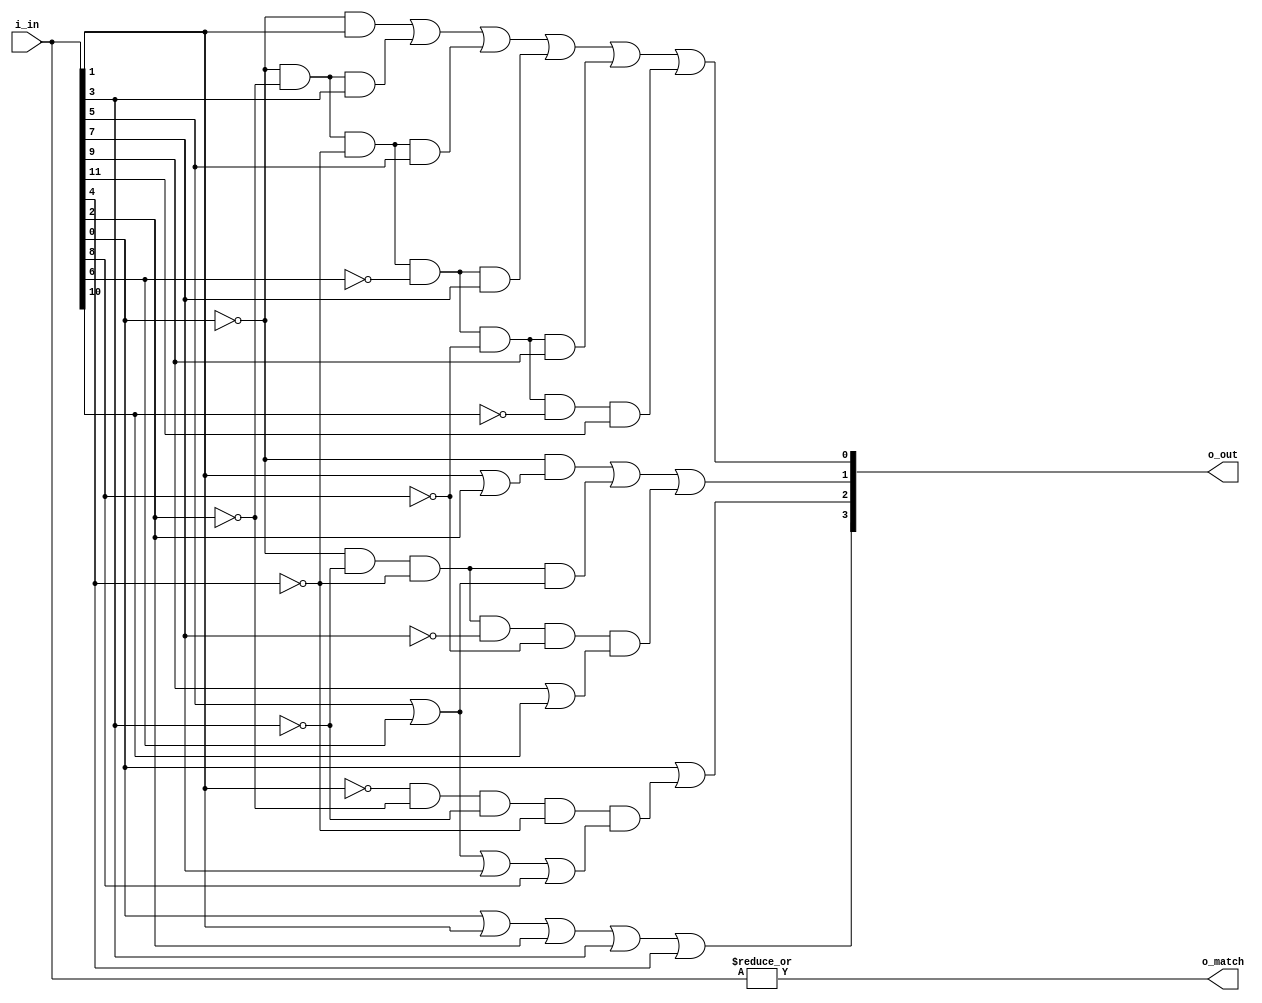
module dodecode2(i_in, o_out, o_match);

input wire [11:0] i_in;
output wire [3:0] o_out;	// binary encoding (1-12)
output wire o_match;

wire i1,i2,i3,i4,i5,i6,i7,i8,i9,i10,i11,i12;
assign {i1,i2,i3,i4,i5,i6,i7,i8,i9,i10,i11,i12} = i_in;

assign o_out[3] = i12 | i11 | i10 | i9 | i8;
assign o_out[2] = i12 | (~i11 & ~i10 & ~i9 & ~i8) & (i7 | i6 | i5 | i4);
assign o_out[1] = ~i12 & (i11 | i10) | (~i12 & ~i9 & ~i8 & (i7 | i6)) |
	(~i12 &  ~i9 & ~i8 & ~i5 & ~i4 & (i3 | i2));
assign o_out[0] = (~i12 & i11) | (~i12 & ~i10 & i9) |
	(~i12 & ~i10 & ~i8 & i7) | (~i12 & ~i10 & ~i8 & ~i6 & i5) |
	(~i12 & ~i10 & ~i8 & ~i6 & ~i4 & i3) |
	(~i12 & ~i10 & ~i8 & ~i6 & ~i4 & ~i2 & i1);
assign o_match = |{i_in};
endmodule